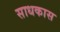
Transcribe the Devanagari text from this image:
साधकास